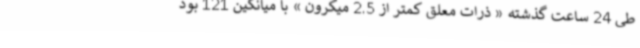
طی 24 ساعت گذشته « ذرات معلق کمتر از 2.5 میکرون » با میانگین 121 بود